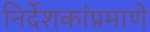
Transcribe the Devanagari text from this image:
निर्देशकांप्रमाणे